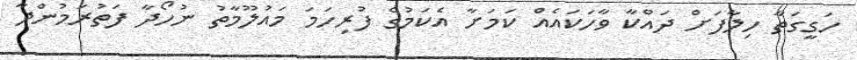
ހަގީގަތާ ހިލާފަށް ދައްކާ ވާހަކައެއް ކަމަށާ އެކަމުގެ ފުރިހަމަ މައުލޫމާތު ނުހޯދާ ފަތުރަމުންދާ